Indian journal of veterinary science and animal husbandry - Volumes 18-21, 1948-1951
Year: 1948
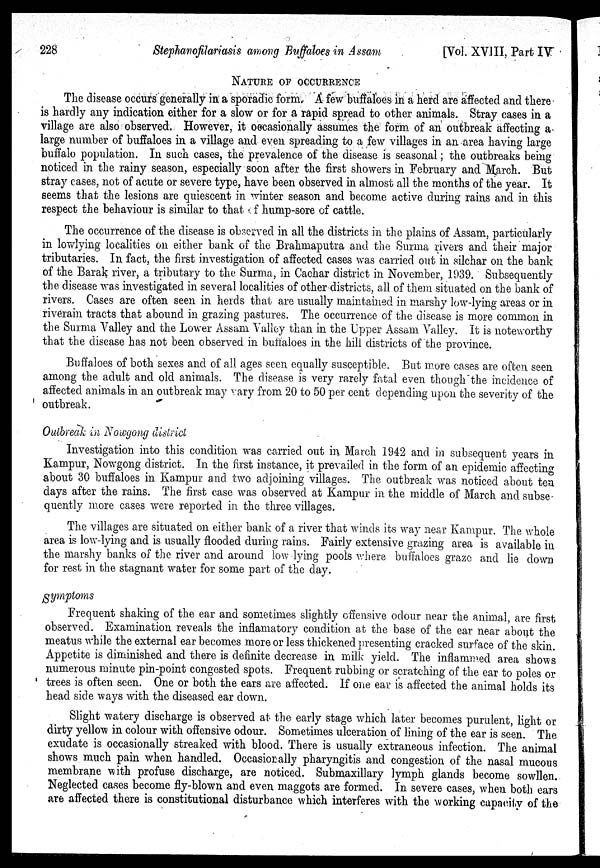
228
Stephanofilariasis among Buffaloes in Assam
[Vol. XVIII, Part IV
NATURE OF OCCURRENCE
The disease occurs generally in a sporadic form. A few buffaloes in a herd are affected and there
is hardly any indication either for a slow or for a rapid spread to other animals. Stray cases in a
village are also observed. However, it occasionally assumes the form of an outbreak affecting a
large number of buffaloes in a village and even spreading to a few villages in an area having large
buffalo population. In such cases, the prevalence of the disease is seasonal ; the outbreaks being
noticed in the rainy season, especially soon after the first showers in February and March. But
stray cases, not of acute or severe type, have been observed in almost all the months of the year. It
seems that the lesions are quiescent in winter season and become active during rains and in this
respect the behaviour is similar to that of hump-sore of cattle.
The occurrence of the disease is observed in all the districts in the plains of Assam, particularly
in lowlying localities on either bank of the Brahmaputra and the Surma rivers and their major
tributaries. In fact, the first investigation of affected cases was carried out in silchar on the bank
of the Barak river, a tributary to the Surma, in Cachar district in November, 1939. Subsequently
the disease was investigated in several localities of other districts, all of them situated on the bank of
rivers. Cases are often seen in herds that are usually maintained in marshy low-lying areas or in
riverain tracts that abound in grazing pastures. The occurrence of the disease is more common in
the Surma Valley and the Lower Assam Valley than in the Upper Assam Valley. It is noteworthy
that the disease has not been observed in buffaloes in the hill districts of the province.
Buffaloes of both sexes and of all ages seen equally susceptible. But more cases are often seen
among the adult and old animals. The disease is very rarely fatal even though the incidence of
affected animals in an outbreak may vary from 20 to 50 per cent depending upon the severity of the
outbreak.
Outbreak in Nowgong district
Investigation into this condition was carried out in March 1942 and in subsequent years in
Kampur, Nowgong district. In the first instance, it prevailed in the form of an epidemic affecting
about 30 buffaloes in Kampur and two adjoining villages. The outbreak was noticed about ten
days after the rains. The first case was observed at Kampur in the middle of March and subse
quently more cases were reported in the three villages.
The villages are situated on either bank of a river that winds its way near Kampur. The whole
area is low-lying and is usually flooded during rains. Fairly extensive grazing area is available in
the marshy banks of the river and around low lying pools where buffaloes graze and lie down
for rest in the stagnant water for some part of the day.
Symptoms
Frequent shaking of the ear and sometimes slightly offensive odour near the animal, are first
observed. Examination reveals the inflamatory condition at the base of the ear near about the
meatus while the external ear becomes more or less thickened presenting cracked surface of the skin.
Appetite is diminished and there is definite decrease in milk yield. The inflammed area shows
numerous minute pin-point congested spots. Frequent rubbing or scratching of the ear to poles or
trees is often seen. One or both the ears are affected. If one ear is affected the animal holds its
head side ways with the diseased ear down.
Slight watery discharge is observed at the early stage which later becomes purulent, light or
dirty yellow in colour with offensive odour. Sometimes ulceration of lining of the ear is seen. The
exudate is occasionally streaked with blood. There is usually extraneous infection. The animal
shows much pain when handled. Occasionally pharyngitis and congestion of the nasal mucous
membrane with profuse discharge, are noticed. Submaxillary lymph glands become sowllen.
Neglected cases become fly-blown and even maggots are formed. In severe cases, when both ears
are affected there is constitutional disturbance which interferes with the working capacity of the